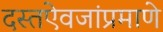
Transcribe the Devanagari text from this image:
दस्तऐवजांप्रमाणे